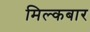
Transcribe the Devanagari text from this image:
मिल्कबार